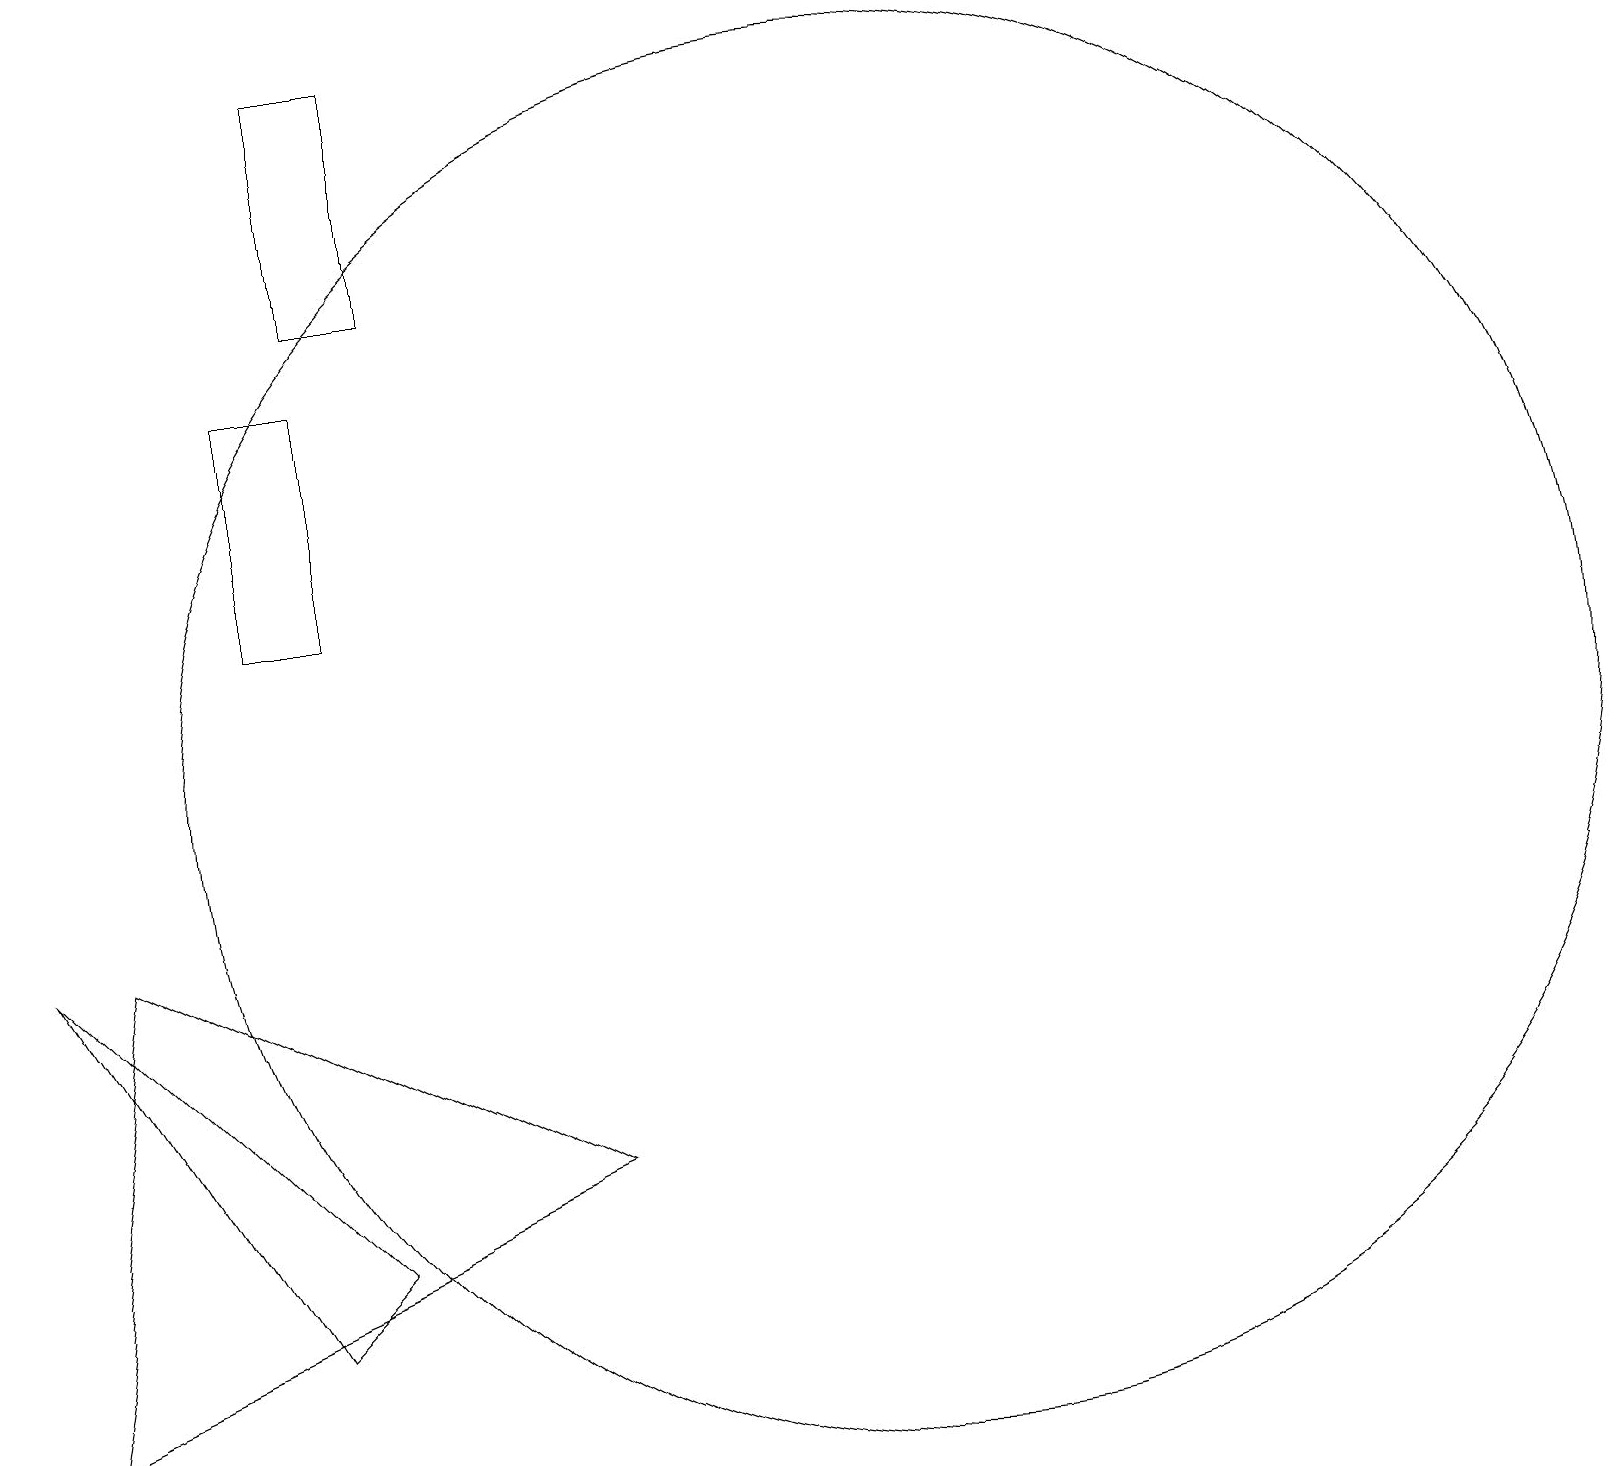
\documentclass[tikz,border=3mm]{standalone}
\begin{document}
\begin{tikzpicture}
\draw (4,19) rectangle (5,16);
\draw (11,10) circle (9);
\draw (0,8) -- (3,3) -- (4,4) -- cycle;
\draw (1,8) -- (0,2) -- (7,5) -- cycle;
\draw (4,12) rectangle (3,15);
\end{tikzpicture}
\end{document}